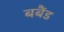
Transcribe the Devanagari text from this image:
बबैंड